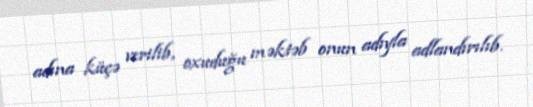
adına küçə verilib, oxuduğu məktəb onun adıyla adlandırılıb.